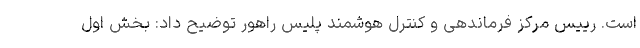
است. رییس مرکز فرماندهی و کنترل هوشمند پلیس راهور توضیح داد: بخش اول